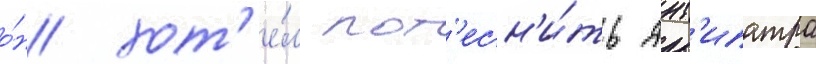
о́н хот'е́л пот'есн'и́ть ант'ипатра